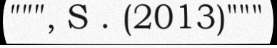
""", S . (2013)"""